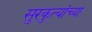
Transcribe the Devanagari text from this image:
सुरकुत्यांच्या